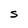
Character: S